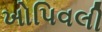
ખોપિવલી